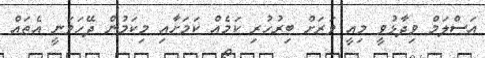
އަސްލަމް ވިދާޅުވީ މިއީ ވަރަށް ބިރުހުރި ކަމެއް ކަމަށާއި މިކަމުން ދޭހަވަނީ އެތައް